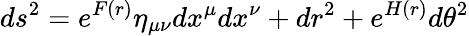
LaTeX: ds^{2}=e^{F(r)}\eta_{\mu\nu}dx^{\mu}dx^{\nu}+dr^{2}+e^{H(r)}d\theta^{2}